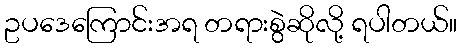
ဥပဒေကြောင်းအရ တရားစွဲဆိုလို့ ရပါတယ်။